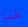
لهذا